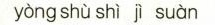
yòng shù shì jì suàn